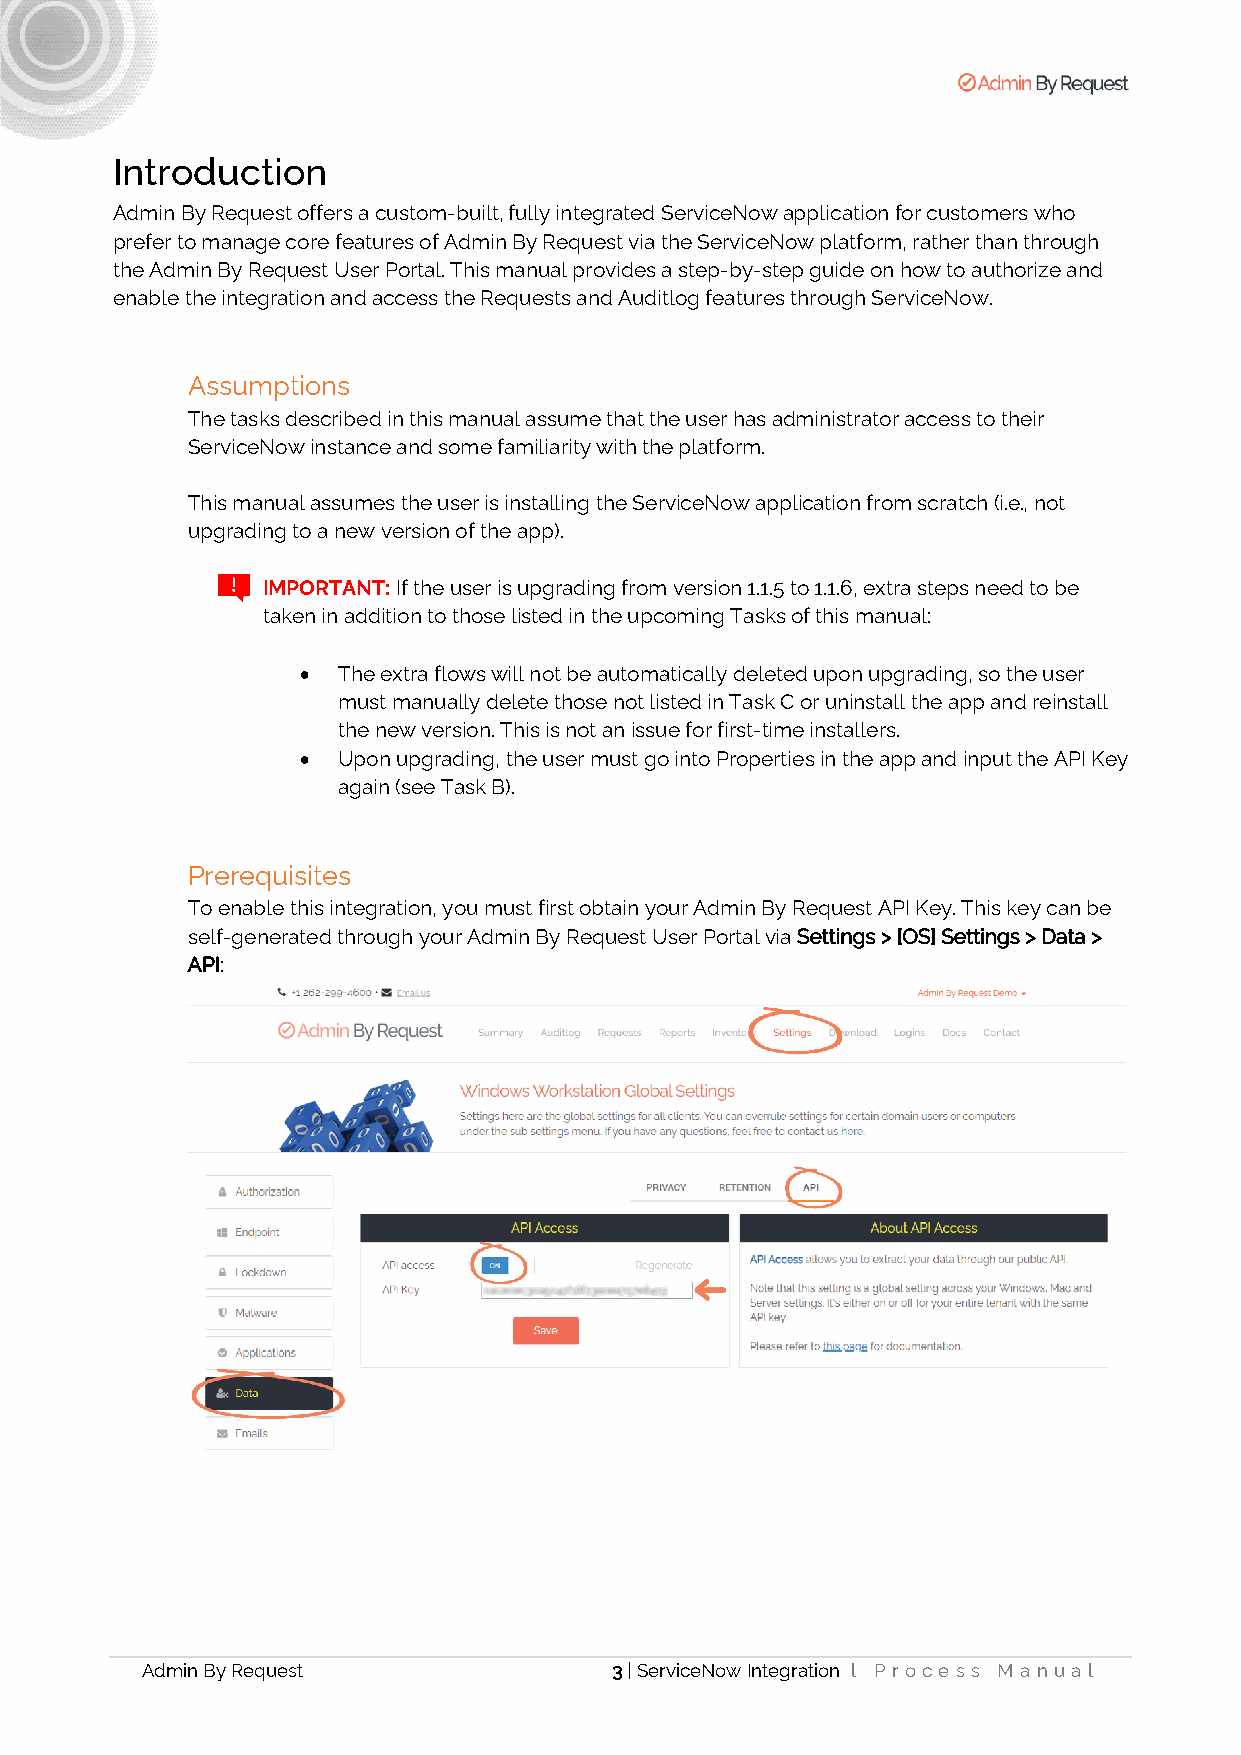
Introduction
 Admin By Request offers a custom-built, fully integrated ServiceNow application for customers who
 prefer to manage core features of Admin By Request via the ServiceNow platform, rather than through
 the Admin By Request User Portal. This manual provides a step-by-step guide on how to authorize and
 enable the integration and access the Requests and Auditlog features through ServiceNow.
 Assumptions
 The tasks described in this manual assume that the user has administrator access to their
 ServiceNow instance and some familiarity with the platform.
 This manual assumes the user is installing the ServiceNow application from scratch (i.e., not
 upgrading to a new version of the app).
 IMPORTANT: If the user is upgrading from version 1.1.5 to 1.1.6, extra steps need to be
 taken in addition to those listed in the upcoming Tasks of this manual:
 • The extra flows will not be automatically deleted upon upgrading, so the user
 must manually delete those not listed in Task C or uninstall the app and reinstall
 the new version. This is not an issue for first-time installers.
 • Upon upgrading, the user must go into Properties in the app and input the API Key
 again (see Task B).
 Prerequisites
 To enable this integration, you must first obtain your Admin By Request API Key. This key can be
 self-generated through your Admin By Request User Portal via Settings > [OS] Settings > Data >
 API:
 Admin By Request                3 | ServiceNow Integration l Pr oces s M a nua l